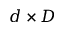
d \times D